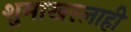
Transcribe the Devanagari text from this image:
शुमाखरलाही